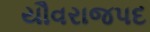
યૌવરાજપદ